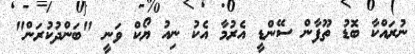
ނުރައްކާ ބޮޑު ތޫފާން ސޭންޑީ އެރުމާ އެކު ނިއު ޔޯކް ވަނީ "ބަންދުކުރަން"